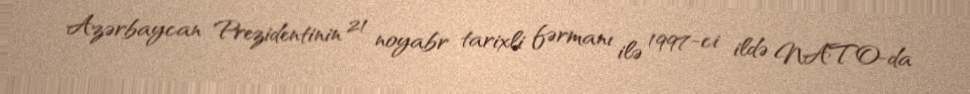
Azərbaycan Prezidentinin 21 noyabr tarixli fərmanı ilə 1997-ci ildə NATO-da